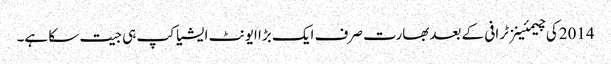
2014کی چیمئینز ٹرافی کے بعدبھارت صرف ایک بڑا ایونٹ ایشیا کپ ہی جیت سکا ہے۔